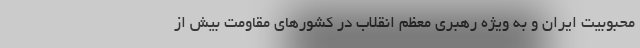
محبوبیت ایران و به ویژه رهبری معظم انقلاب در کشورهای مقاومت بیش از